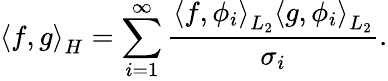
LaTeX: \left\langle f,g\right\rangle_{H}=\sum_{i=1}^{\infty}{\frac{\left\langle f,\phi_{i}\right\rangle_{L_{2}}\left\langle g,\phi_{i}\right\rangle_{L_{2}}}{\sigma_{i}}}.